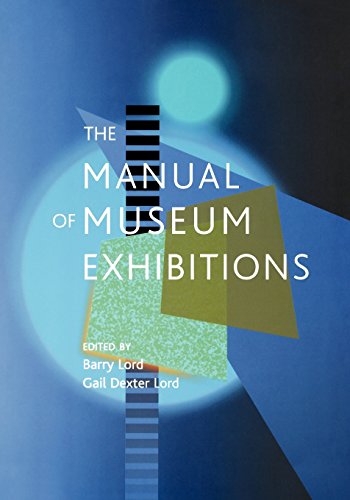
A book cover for The Manual of Museum Exhibitions; Business & Money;